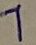
Text: 1